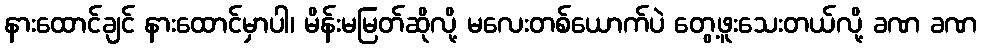
နားထောင်ချင် နားထောင်မှာပါ၊ မိန်းမမြတ်ဆိုလို့ မလေးတစ်ယောက်ပဲ တွေ့ဖူးသေးတယ်လို့ ခဏ ခဏ